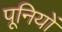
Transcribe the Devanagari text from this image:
पूनियों